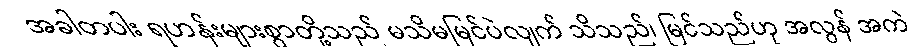
အခါတပါး ရဟန်းများစွာတို့သည် မသိမမြင်ပဲလျက် သိသည်၊ မြင်သည်ဟု အလွန် အကဲ